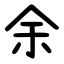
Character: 余